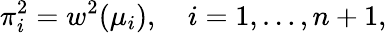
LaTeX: \pi_{i}^{2}=w^{2}(\mu_{i}),\quad i=1,\ldots,n+1,